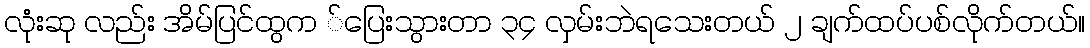
လုံးဆု လည်း အိမ်ပြင်ထွက ်ပြေးသွားတာ ၃၄ လှမ်းဘဲရသေးတယ် ၂ ချက်ထပ်ပစ်လိုက်တယ်။